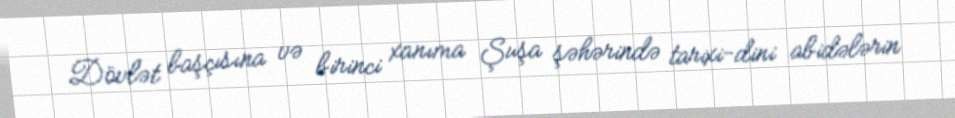
Dövlət başçısına və birinci xanıma Şuşa şəhərində tarixi-dini abidələrin